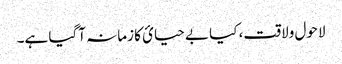
لاحول ولاقت، کیا بے حیائ کا زمانہ آگیا ہے۔